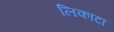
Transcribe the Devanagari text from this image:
लिकाटा